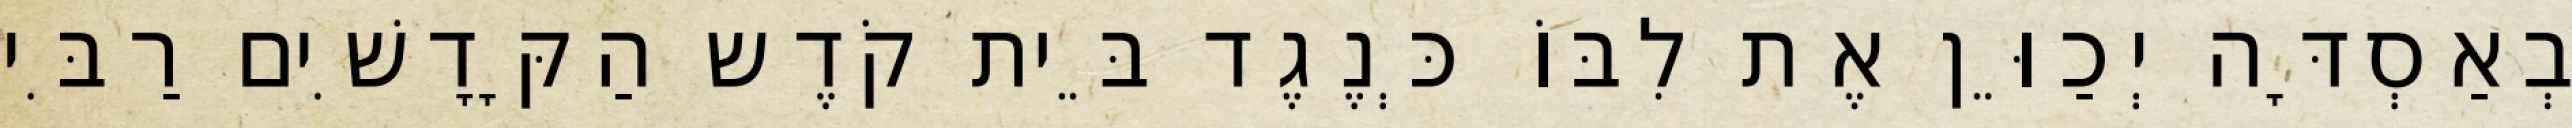
בְאַסְדָּה יְכַוֵּן אֶת לִבּוֹ כְּנֶגֶד בֵּית קֹדֶש הַקָּדָשִׁים רַבִּי